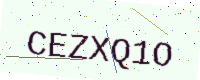
Text: CEZXQ1O